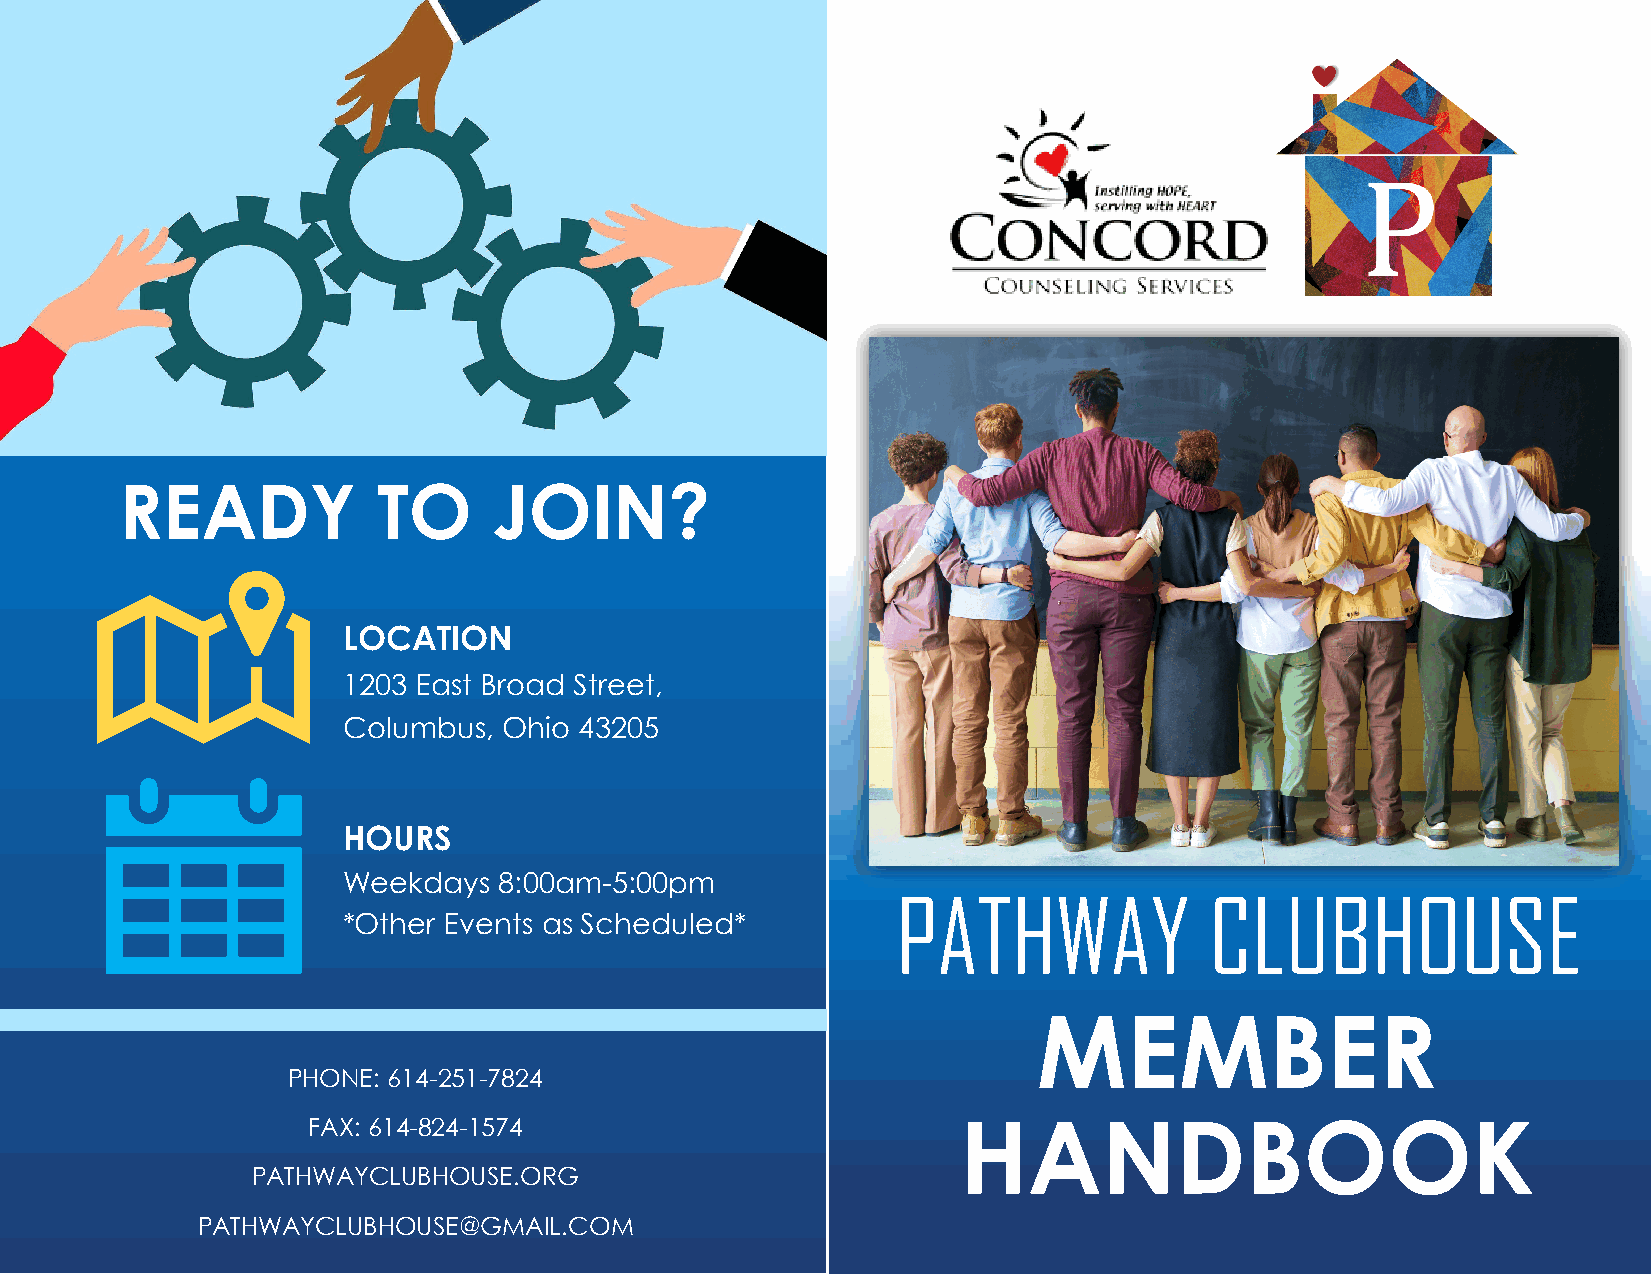
READY            TO      JOIN?
 LOCATION
 1203 East Broad Street,
 Columbus, Ohio 43205
 HOURS
 Weekdays  8:00am-5:00pm
 PATHWAY              CLUBHOUSE
 *Other Events as Scheduled*
 MEMBER
 PHONE: 614-251-7824
 FAX: 614-824-1574                          HANDBOOK
 PATHWAYCLUBHOUSE.ORG
 PATHWAYCLUBHOUSE@GMAIL.COM